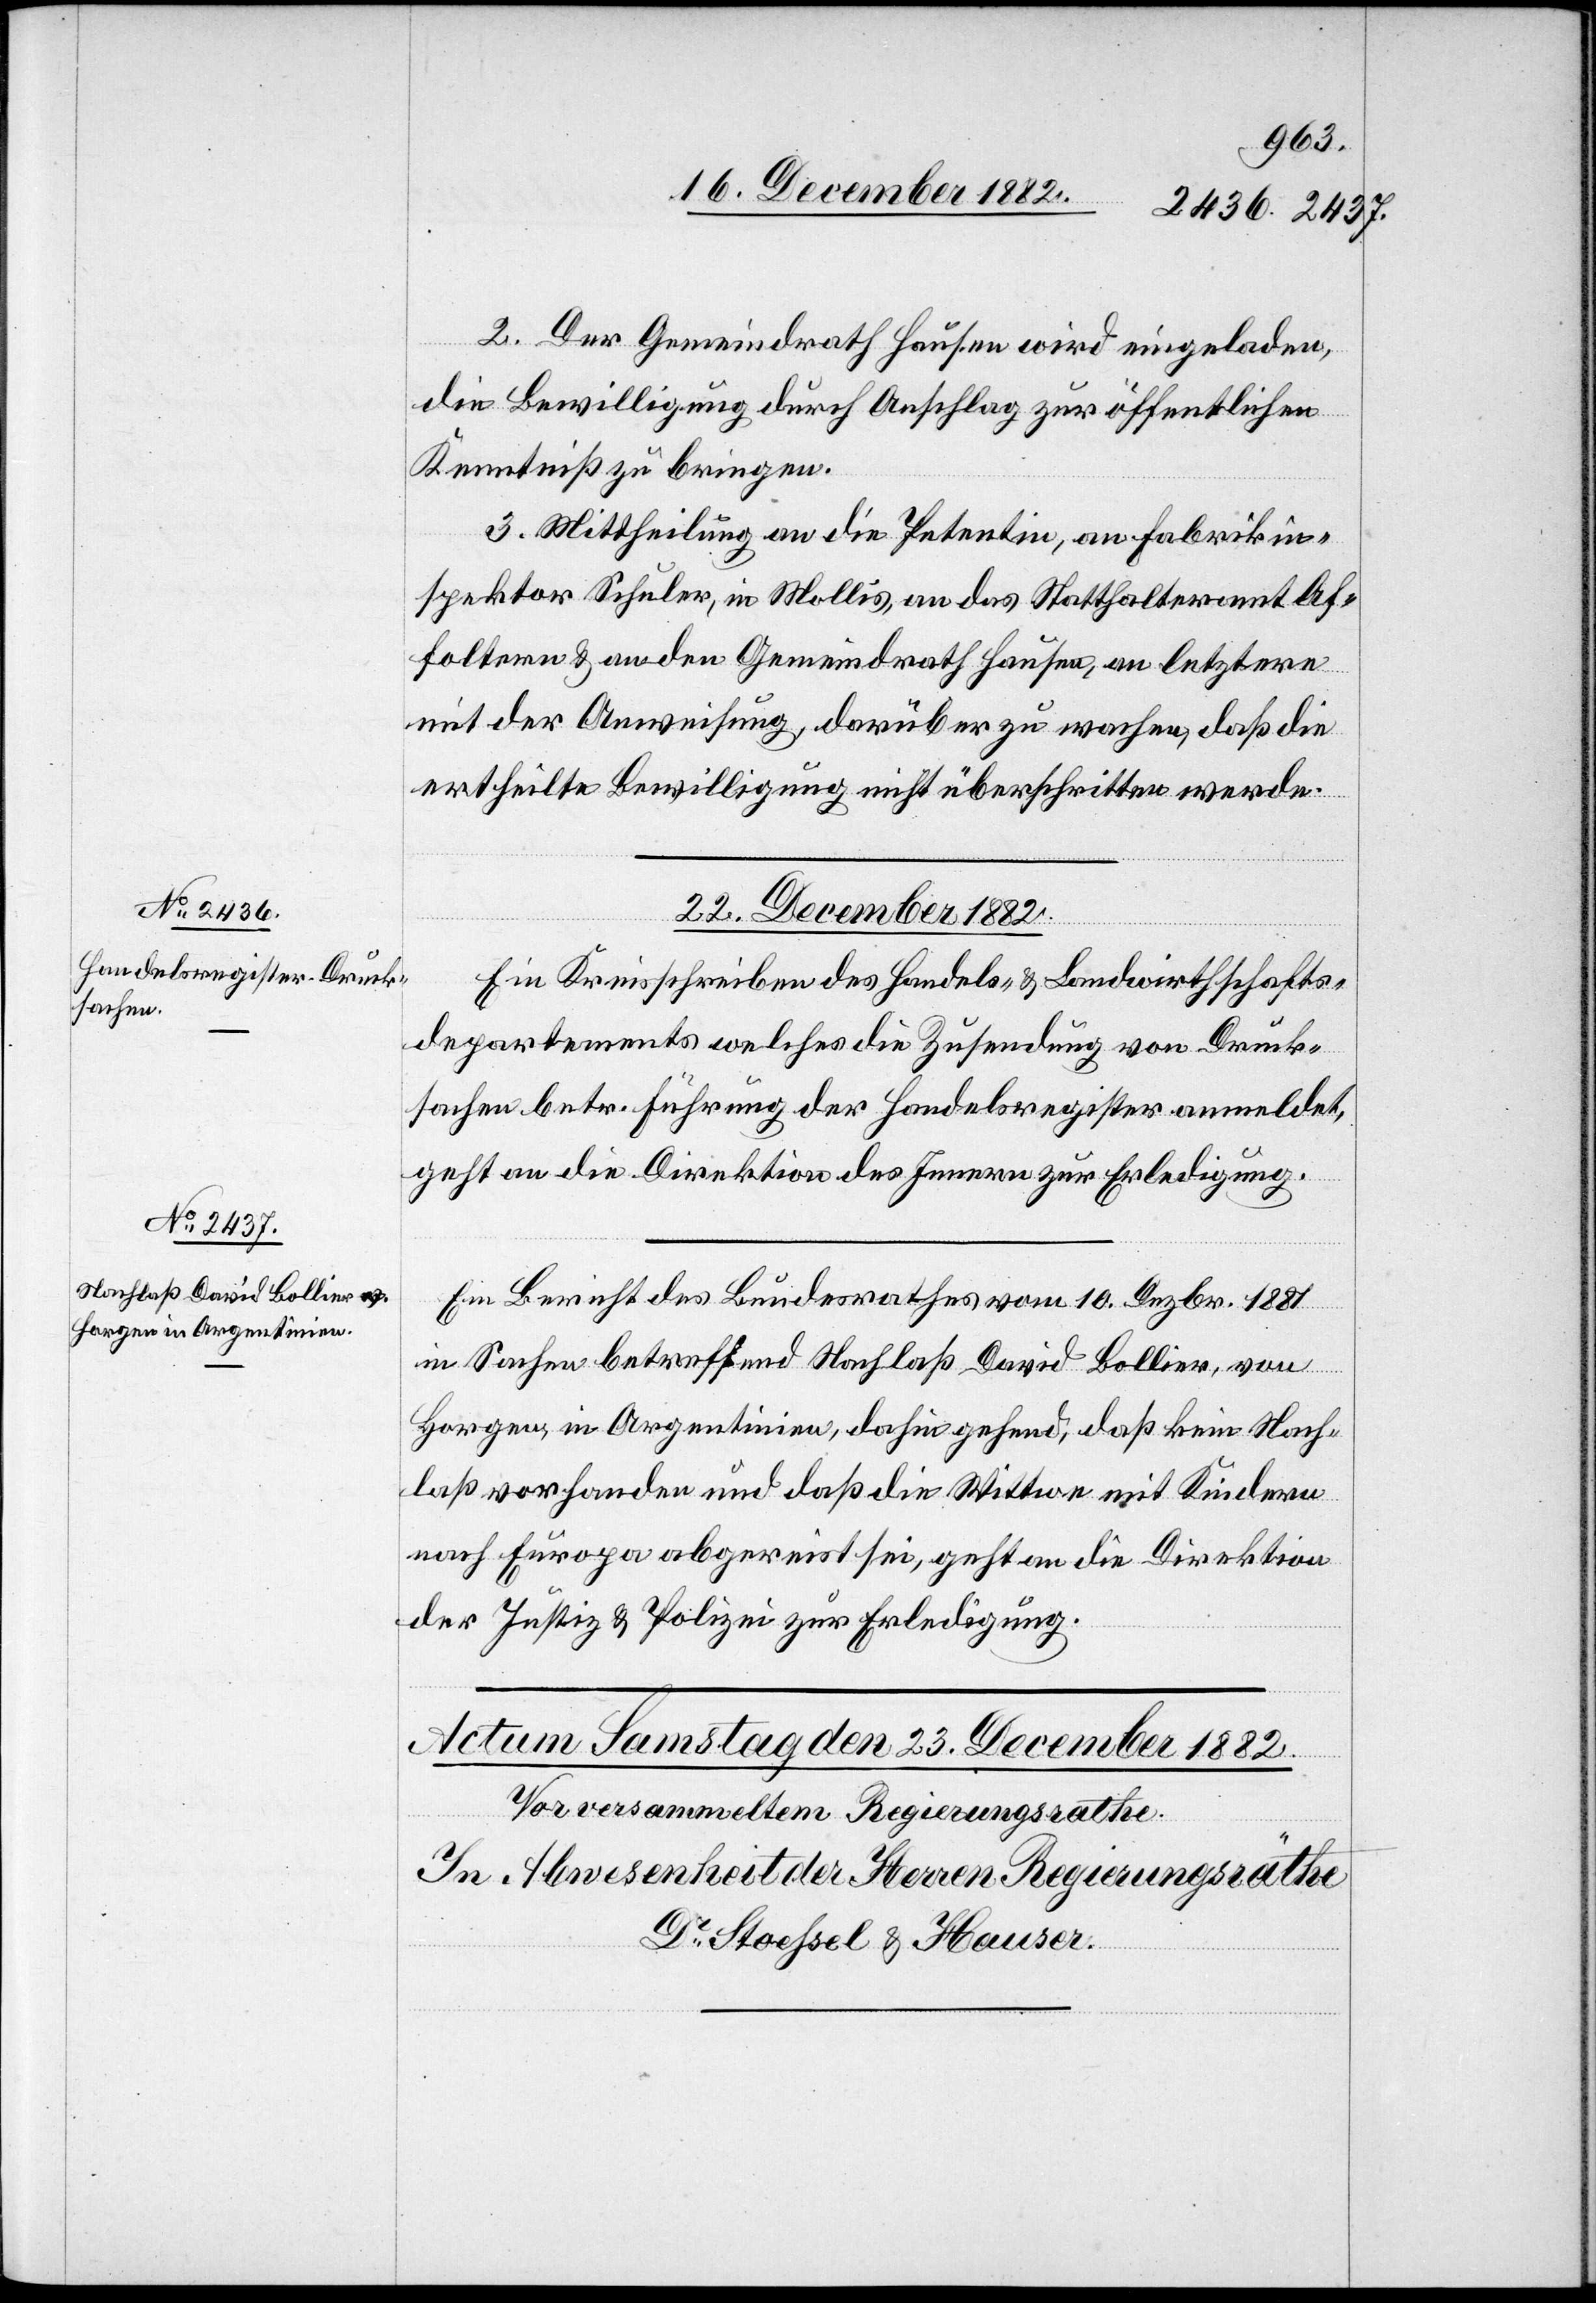
2. Der Gemeindrath Hausen wird eingeladen,
die Bewilligung durch Anschlag zur öffentlichen
Kenntniß zu bringen.
3. Mittheilung an die Petentin, an Fabrikin¬
spektor Schuler, in Mollis, an das Statthalteramt Af¬
foltern & an den Gemeindrath Hausen, an letztere
mit der Anweisung, darüber zu wachen, daß die
ertheilte Bewilligung nicht überschritten werde.
22. December 1882.]
Ein Kreisschreiben des Handels- & Landwirthschafts¬
departements welches die Zusendung von Druck¬
sachen betr. Führung der Handelsregister anmeldet,
geht an die Direktion des Innern zur Erledigung.
Ein Bericht des Bundesrathes vom 10. Dezbr. 1881
in Sachen betreffend Nachlaß David Bollier, von
Horgen, in Argentinien, dahin gehend, daß kein Nach¬
laß vorhanden und daß die Wittwe mit Kindern
nach Europa abgereist sei, geht an die Direktion
der Justiz & Polizei zur Erledigung.